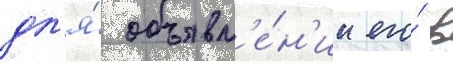
дл'я́ объявл'е́н'ии его́ в